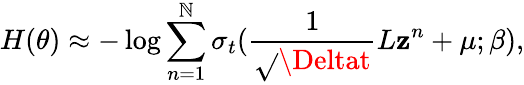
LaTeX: H(\theta)\approx-\log\sum_{n=1}^{\mathbb{N}}\sigma_{t}(\frac{{1}}{{\sqrt{}{{\Deltat}}}}L\mathbf{{z}}^{n}+\mu;\beta),